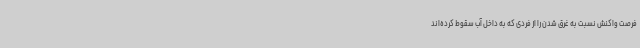
فرصت واکنش نسبت به غرق شدن را از فردی که به داخل آب سقوط کرده‌اند